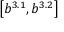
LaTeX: \left[ b ^ { 3 . 1 } , b ^ { 3 . 2 } \right]